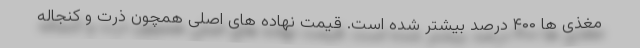
مغذی ها ۴۰۰ درصد بیشتر شده است. قیمت نهاده های اصلی همچون ذرت و کنجاله